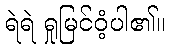
ရဲရဲ ရှုမြင်ဝံ့ပါ၏။